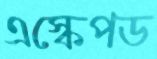
এস্কেপড